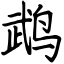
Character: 鹉